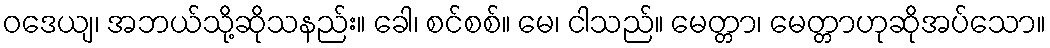
ဝဒေယျ၊ အဘယ်သို့ဆိုသနည်း။ ခေါ၊ စင်စစ်။ မေ၊ ငါသည်။ မေတ္တာ၊ မေတ္တာဟုဆိုအပ်သော။